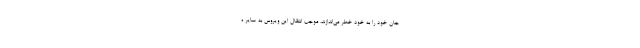
جان خود را به خود خطر می‌اندازند، موجب انتقال این ویروس به سایر ه